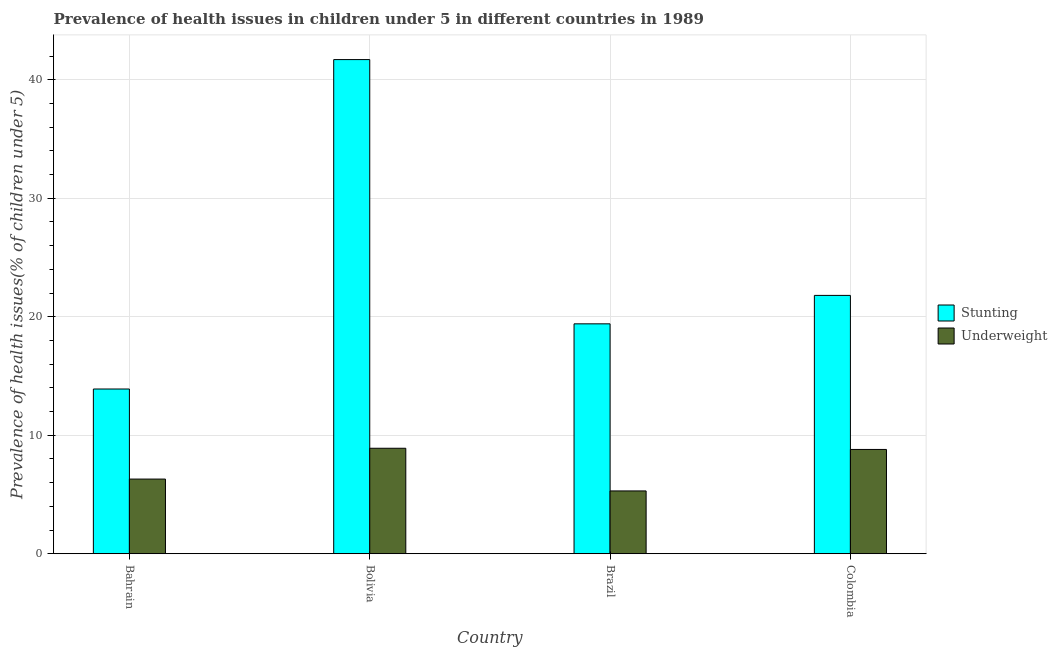
| Country | Stunting | Underweight |
 | --- | --- | --- |
 | Bahrain | 13.9 | 6.3 |
 | Bolivia | 41.7 | 8.9 |
 | Brazil | 19.4 | 5.3 |
 | Colombia | 21.8 | 8.8 |